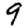
Digit: 9